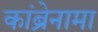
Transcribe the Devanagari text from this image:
कांब्रेनामा